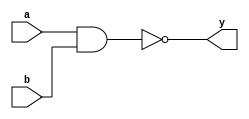
module tri_nand2(
   y,
   a,
   b
);
   parameter                      WIDTH = 1;
   parameter                      BTR = "NAND2_X2M_NONE";  //Specify full BTR name, else let tool select
   output [0:WIDTH-1]  y;
   input [0:WIDTH-1]   a;
   input [0:WIDTH-1]   b;

   // tri_nand2
   genvar 	       i;

   generate
	   for (i = 0; i < WIDTH; i = i + 1) begin : w
	      nand I0(y[i], a[i], b[i]);
	   end
   endgenerate
endmodule